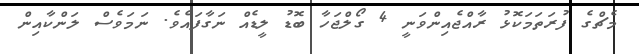
މެޗްގެ ފުރަތަމަކޮޅު ރާއްޖެއިންވަނީ 4 ގޯލްޖަހާ ބޮޑު ލީޑެއް ނަގާފައެވެ. ނަމަވެސް ލަންކާއިން